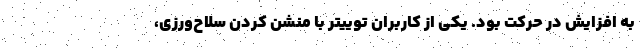
به افزایش در حرکت بود. یکی از کاربران توییتر با منشن کردن سلاح‌ورزی،